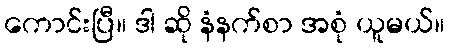
ကောင်းပြီ။ ဒါ ဆို နံနက်စာ အစုံ ယူမယ်။